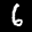
Label: 6